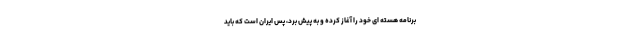
برنامه هسته ای خود را آغاز کرده و به پیش برد، پس ایران است که باید